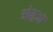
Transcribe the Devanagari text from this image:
ओग़ुज़ों